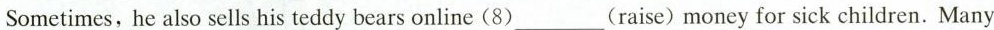
_Sometimes,he also sells his teddy bears online(8)___(raise) money for sick children. Many